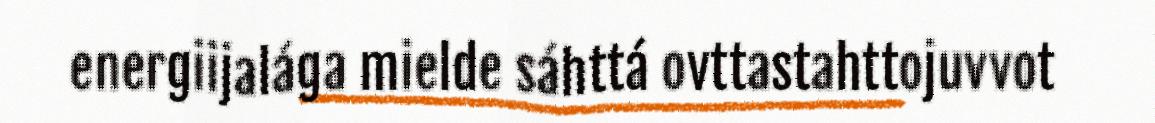
energiijalága mielde sáhttá ovttastahttojuvvot